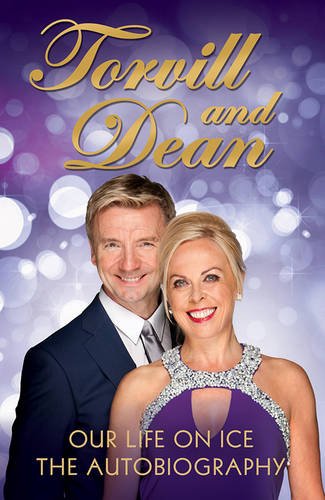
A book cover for Our Life on Ice: The Autobiography; Jayne Torvill; Sports & Outdoors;